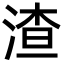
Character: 渣